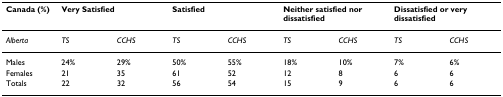
<table><thead><tr><td><b>Canada (%)</b></td><td colspan="2"><b>Very Satisfied</b></td><td colspan="2"><b>Satisfied</b></td><td colspan="2"><b>Neither satisfied nor dissatisfied</b></td><td colspan="2"><b>Dissatisfied or very dissatisfied</b></td></tr></thead><tbody><tr><td><i>Alberta</i></td><td><i>TS</i></td><td><i>CCHS</i></td><td><i>TS</i></td><td><i>CCHS</i></td><td><i>TS</i></td><td><i>CCHS</i></td><td><i>TS</i></td><td><i>CCHS</i></td></tr><tr><td>Males</td><td>24%</td><td>29%</td><td>50%</td><td>55%</td><td>18%</td><td>10%</td><td>7%</td><td>6%</td></tr><tr><td>Females</td><td>21</td><td>35</td><td>61</td><td>52</td><td>12</td><td>8</td><td>6</td><td>6</td></tr><tr><td>Totals</td><td>22</td><td>32</td><td>56</td><td>54</td><td>15</td><td>9</td><td>6</td><td>6</td></tr></tbody></table>